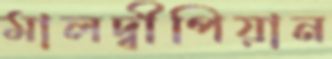
মালদ্বীপিয়ান